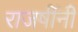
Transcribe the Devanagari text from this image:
राजर्षीनी